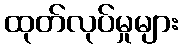
ထုတ်လုပ်မှုများ